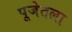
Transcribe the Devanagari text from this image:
पूजेतला